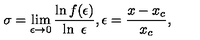
\sigma = \lim _ { \epsilon \rightarrow 0 } \frac { \ln f ( \epsilon ) } { \ln \ \epsilon } , \epsilon = \frac { x - x _ { c } } { x _ { c } } ,